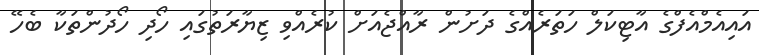
އައިއެމްއެފްގެ އާޓިކަލް ހަތަރެއްގެ ދަށުން ރާއްޖެއަށް ކުރެއްވި ޒިޔާރަތުގައި ހޯދި ހޯދުންތަކާ ބެހޭ